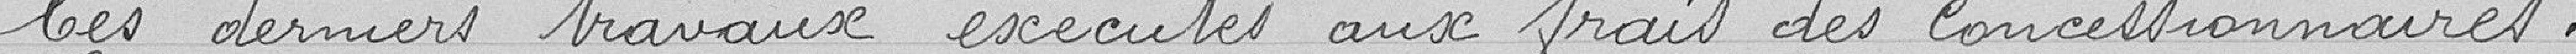
Ces derniers travaux exécutés aux frais des concessionnaires.